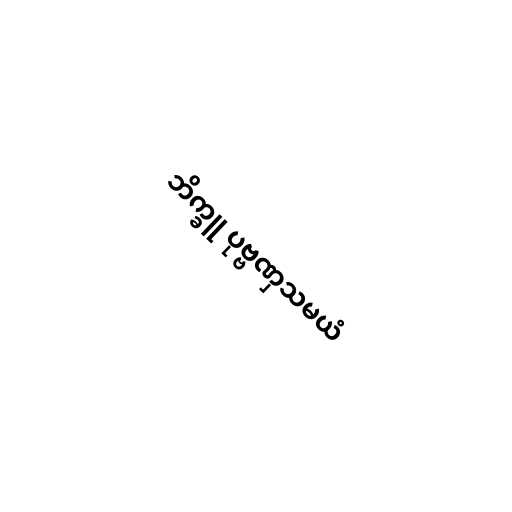
ဘိက္ခူ ပုဗ္ဗဏှသမယံ